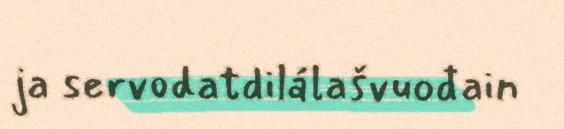
ja servodatdilálašvuođain